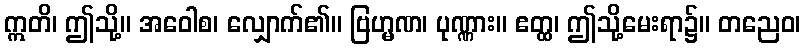
ဣတိ၊ ဤသို့။ အဝေါစ၊ လျှောက်၏။ ဗြဟ္မဏ၊ ပုဏ္ဏား။ ဧတ္ထ၊ ဤသို့မေးရာ၌။ တညေဝ၊